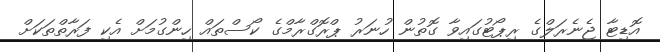
އޮޑިޓާ ޖެނެރަލްގެ ރިޕޯޓުގައިވާ ގޮތުން ހުނަރު ޕްރޮގްރާމްގެ ކޯސްތައް ހިންގުމަށް އެކި ފަރާތްތަކަށް